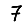
Digit: 7